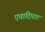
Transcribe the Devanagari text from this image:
एवादिपाठ